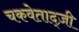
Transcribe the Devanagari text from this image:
चकवेताद्ज़ी